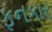
ફનકાર